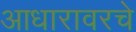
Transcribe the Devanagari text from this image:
आधारावरचे